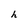
Character: h